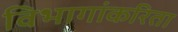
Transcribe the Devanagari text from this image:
विभागांकरिता